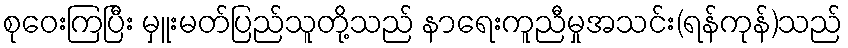
စုဝေးကြပြီး မှူးမတ်ပြည်သူတို့သည် နာရေးကူညီမှုအသင်း(ရန်ကုန်)သည်